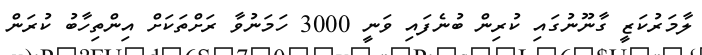
ލާމަރުކަޒީ ގާނޫނުގައި ކުރިން ބުނެފައި ވަނީ 3000 ހަމަނުވާ ރަށްތަކަށް އިންތިހާބު ކުރަން